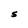
Character: S